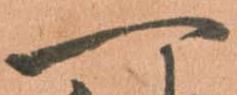
一